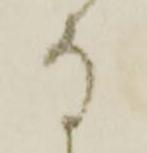
な